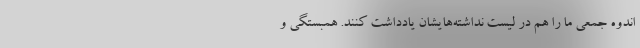
اندوه جمعی ما را هم در لیست نداشته‌هایشان یادداشت کنند. همبستگی و